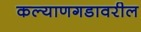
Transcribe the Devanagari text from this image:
कल्याणगडावरील